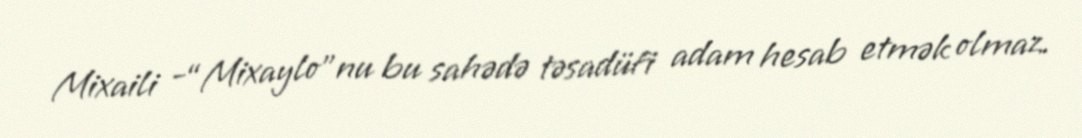
Mixaili -“Mixaylo”nu bu sahədə təsadüfi adam hesab etmək olmaz.